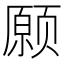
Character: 𫖸